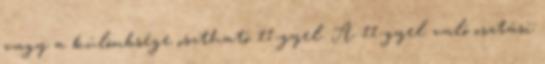
vagy a különbsége osztható 11-gyel. A 11-gyel való osztási